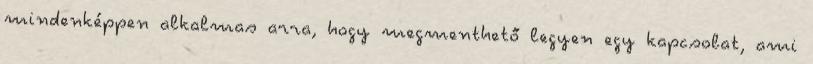
mindenképpen alkalmas arra, hogy megmenthető legyen egy kapcsolat, ami